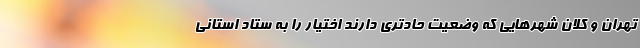
تهران و کلان شهر‌هایی که وضعیت حادتری دارند اختیار را به ستاد استانی